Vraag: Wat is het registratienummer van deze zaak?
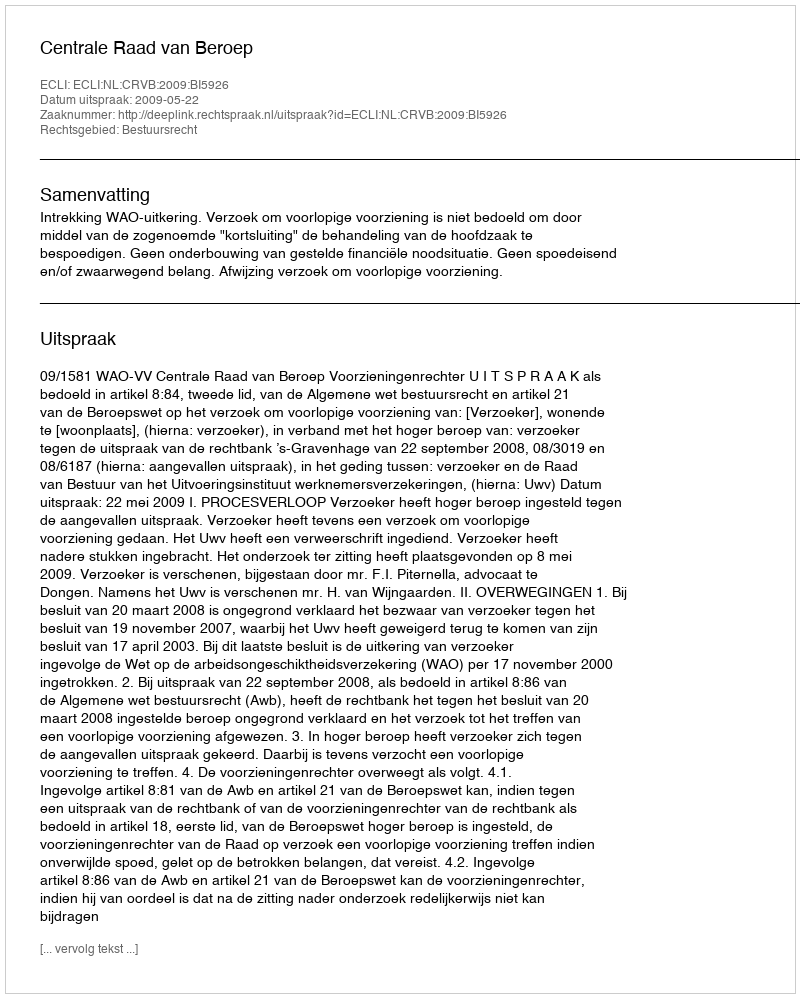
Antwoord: http://deeplink.rechtspraak.nl/uitspraak?id=ECLI:NL:CRVB:2009:BI5926